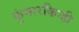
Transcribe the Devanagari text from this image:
कुंभारकिन्ही